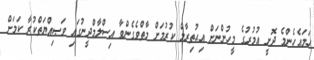
ހަމައެހެންމެ ދޮށީ އުމުރުގެ މީހުންނަށް އިޙުތިރާމް ކުރުމަށް މާތްވެގެންވާ އިސްލާމްދީނުގައި ވަޞިއްޔަތްކުރާ ކަމަށް